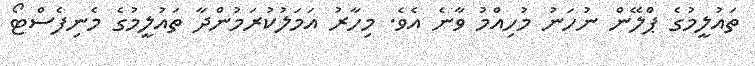
ތައުލީމުގެ ޕްލޭން ނުހަނު މުހިއްމު ވާނެ އެވެ. މިހާރު އަމަލުކުރަމުންދާ ތައުލީމުގެ މެނިފެސްޓޯ